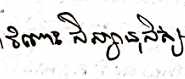
ចំពោះសិស្សានុសិស្ស